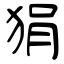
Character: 狷